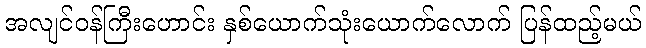
အလျင်ဝန်ကြီးဟောင်း နှစ်ယောက်သုံးယောက်လောက် ပြန်ထည့်မယ်